Scottish Leaving Certificate Examination, 1955
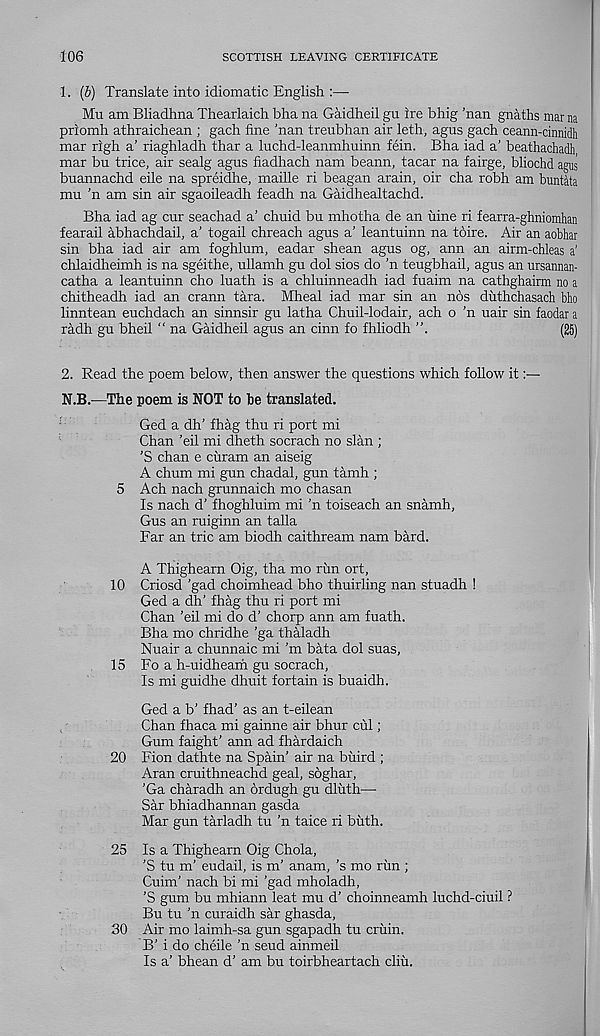
106
SCOTTISH LEAVING CERTIFICATE
1. (b) Translate into idiomatic English :—
Mu am Bliadhna Thearlaich bha na Gaidheil gu ire bhig 'nan gnaths mar na
priomh athraichean ; gach fine 'nan treubhan air leth, agus gach ceann-cinnidh
mar righ a’ riaghladh thar a luchd-leanmhuinn fein. Bha iad a’ beathachadh
mar bu trice, air sealg agus fiadhach nam beann, tacar na fairge, bliochd agus
buannachd eile na spreidhe, maille ri beagan arain, oir cha robh am buntata
mu 'n am sin air sgaoileadh feadh na Gaidhealtachd.
Bha iad ag cur seachad a’ chuid bu mhotha de an uine ri fearra-ghniomhan
fearail abhachdail, a’ togail chreach agus a’ leantuinn na tbire. Air an aobhar
sin bha iad air am foghlum, eadar shean agus og, ann an airm-chleas a'
chlaidheimh is na sgeithe, ullamh gu dol sios do ’n teugbhail, agus an ursannau-
catha a leantuinn cho luath is a chluinneadh iad fuaim na cathghairm no a
chitheadh iad an crann tara. Mheal iad mar sin an nos duthchasach bho
linntean euchdach an sinnsir gu latha Chuil-lodair, ach o ’n uair sin faodar a
radh gu bheil “ na Gaidheil agus an cinn fo fhliodh
(25)
2. Read the poem below, then answer the questions which follow it:—
N.B.—The poem is NOT to be translated.
Ged a dh’ fhag thu ri port mi
Chan ’eil mi dheth socrach no slan ;
'S chan e curam an aiseig
A chum mi gun chadal, gun tamh ;
5 Ach nach grunnaich mo chasan
Is nach d’ fhoghluim mi 'n toiseach an snamh,
Gus an ruiginn an talla
Far an trie am biodh caithream nam bard.
A Thighearn Oig, tha mo run ort,
10 Criosd 'gad choimhead bho thuirling nan stuadh !
Ged a dh’ fhag thu ri port mi
Chan 'eil mi do d’ chorp ann am fuath.
Bha mo chridhe 'ga thaladh
Nuair a chunnaic mi'm bata dol suas,
15 Fo a h-uidheam gu socrach,
Is mi guidhe dhuit fortain is buaidh.
Ged a b’ fhad’ as an t-eilean
Chan fhaca mi gainne air bhur cul;
Gum faight’ ann ad fhardaich
20 Fion dathte na Spain’ air na buird ;
Aran cruithneachd geal, soghar,
’Ga charadh an brdugh gu dluth—
Sar bhiadhannan gasda
Mar gun tarladh tu ’n taice ri bilth.
25 Is a Thighearn Oig Chola,
’S tu m’ eudail, is m’ anam, ’s mo rim ;
Cuim' nach bi mi ’gad mholadh,
’S gum bu mhiann leat mu d’ choinneamh luchd-ciuil ?
Bu tu ’n curaidh sar ghasda,
30 Air mo laimh-sa gun sgapadh tu cruin.
B’ i do cheile ’n seud ainmeil
Is a’ bhean d’ am bu toirbheartach cliii.